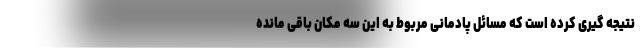
نتیجه گیری کرده است که مسائل پادمانی مربوط به این سه مکان باقی مانده